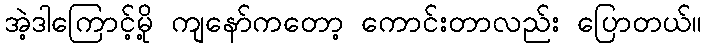
အဲ့ဒါကြောင့်မို့ ကျနော်ကတော့ ကောင်းတာလည်း ပြောတယ်။